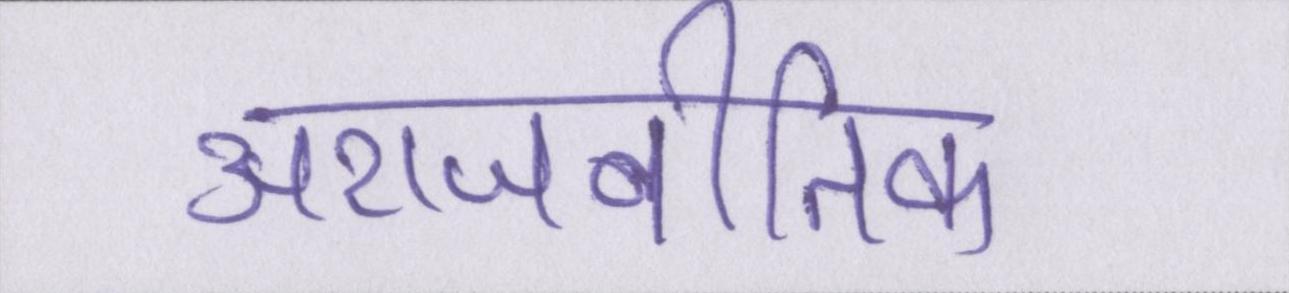
अराजनीतिक